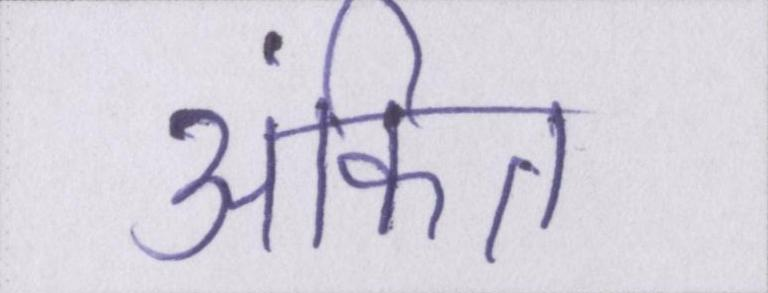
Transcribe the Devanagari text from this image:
अंकित